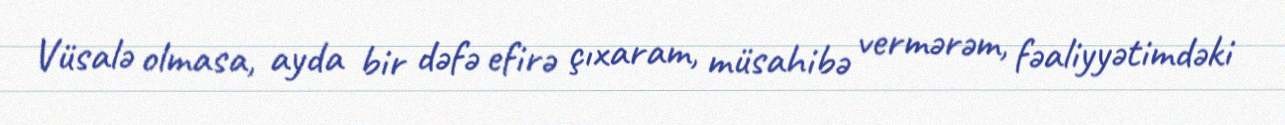
Vüsalə olmasa, ayda bir dəfə efirə çıxaram, müsahibə vermərəm, fəaliyyətimdəki